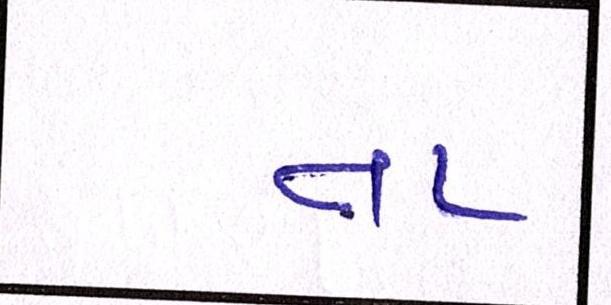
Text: તા